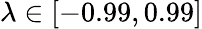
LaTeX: \lambda\in[-0.99,0.99]